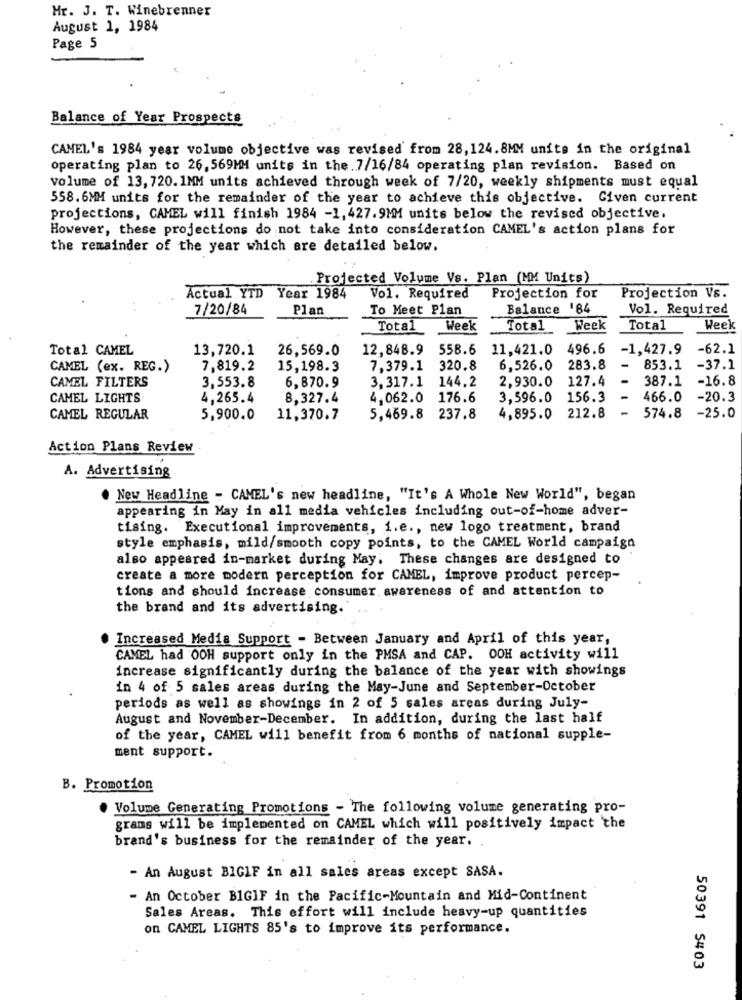
Mr. J. T. Winebrenner
August 1, 1984
Page 5
Balance of Year Prospects
CAMEL's 1984 year volume objective was revised from 28,124.8MM units in the original
operating plan to 26, 569MM units in the. 7/16/84 operating plan revision. Based on
volume of 13, 720. 1MM units achieved through week of 7/20, weekly shipments must equal
558.6MM units for the remainder of the year to achieve this objective. Given current
projections, CAMEL will finish 1984 -1, 427.9MM units below the revised objective.
However, these projections do not take into consideration CAMEL's action plans for
the remainder of the year which are detailed below.
Projected Volume Vs. Plan (MM Units)
Projection Vs.
Actual YTD Year 1984
Vol. Required
Projection for
7/20/84
Plan
To Meet Plan
Balance 184
Vol. Required
Total
Week
Total
Week
Total
Week
Total CAMEL
13,720.1
26,569.0
12,848.9
558.6
11,421.0
496.6
-1,427.9
-62.1
CAMEL (ex. REG.)
7,819.2
15,198.3
7,379.1
320.8
6,526.0
283.8
-
853.1
-37.1
3,553.8
6,870.9
3,317.1
144.2
2,930.0
127.4
387.1
-16.8
CAMEL FILTERS
CAMEL LIGHTS
4,265.4
8,327.4
4,062.0
176.6
3,596.0
156.3
466.0
-20.3
-
-25.0
CAMEL REGULAR
5,900.0
11,370.7
5,469.8 237.8
4,895.0
212.8
574.8
Action Plans Review
A. Advertising
. New Headline - CAMEL's new headline, "It's A Whole New World", began
appearing in May in all media vehicles including out-of-home adver-
tising. Executional improvements, i.e ., new logo treatment, brand
style emphasis, mild/smooth copy points, to the CAMEL World campaign
also appeared in-market during May. These changes are designed to
create a more modern perception for CAMEL, improve product percep-
tions and should increase consumer awareness of and attention to
the brand and its advertising.
Increased Media Support - Between January and April of this year,
CAMEL had OOH support only in the PMSA and CAP. OOH activity will
increase significantly during the balance of the year with showings
in 4 of 5 sales areas during the May-June and September-October
periods as well as showings in 2 of 5 sales areas during July-
August and November-December. In addition, during the last half
of the year, CAMEL will benefit from 6 months of national supple-
ment support.
B. Promotion
Volume Generating Promotions - The following volume generating pro-
grams will be implemented on CAMEL which will positively impact the
brand's business for the remainder of the year.
- An August BIGIF in all sales areas except SASA.
- An October BIGIF in the Pacific-Mountain and Mid-Continent
Sales Areas. This effort will include heavy-up quantities
on CAMEL LIGHTS 85's to improve its performance.
50391 5403